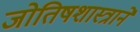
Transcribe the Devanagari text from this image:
जोतिषशास्त्राने